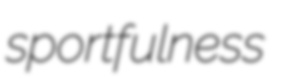
sportfulness